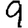
Digit: 9